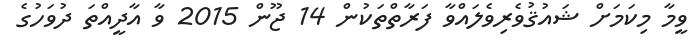
ވީމާ މިކަމަށް ޝައުޤުވެރިވެލައްވާ ފަރާތްތަކުން 14 ޖޫން 2015 ވާ އާދީއްތަ ދުވަހުގެ